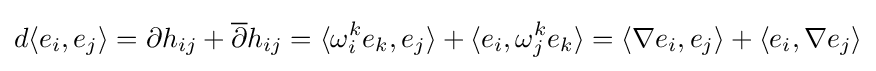
d\langle e_{i},e_{j}\rangle =\partial h_{ij}+{\overline {\partial }}h_{ij}=\langle {\omega }_{i}^{k}e_{k},e_{j}\rangle +\langle e_{i},{\omega }_{j}^{k}e_{k}\rangle =\langle \nabla e_{i},e_{j}\rangle +\langle e_{i},\nabla e_{j}\rangle